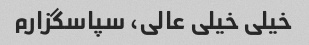
خیلی خیلی عالی، سپاسگزارم